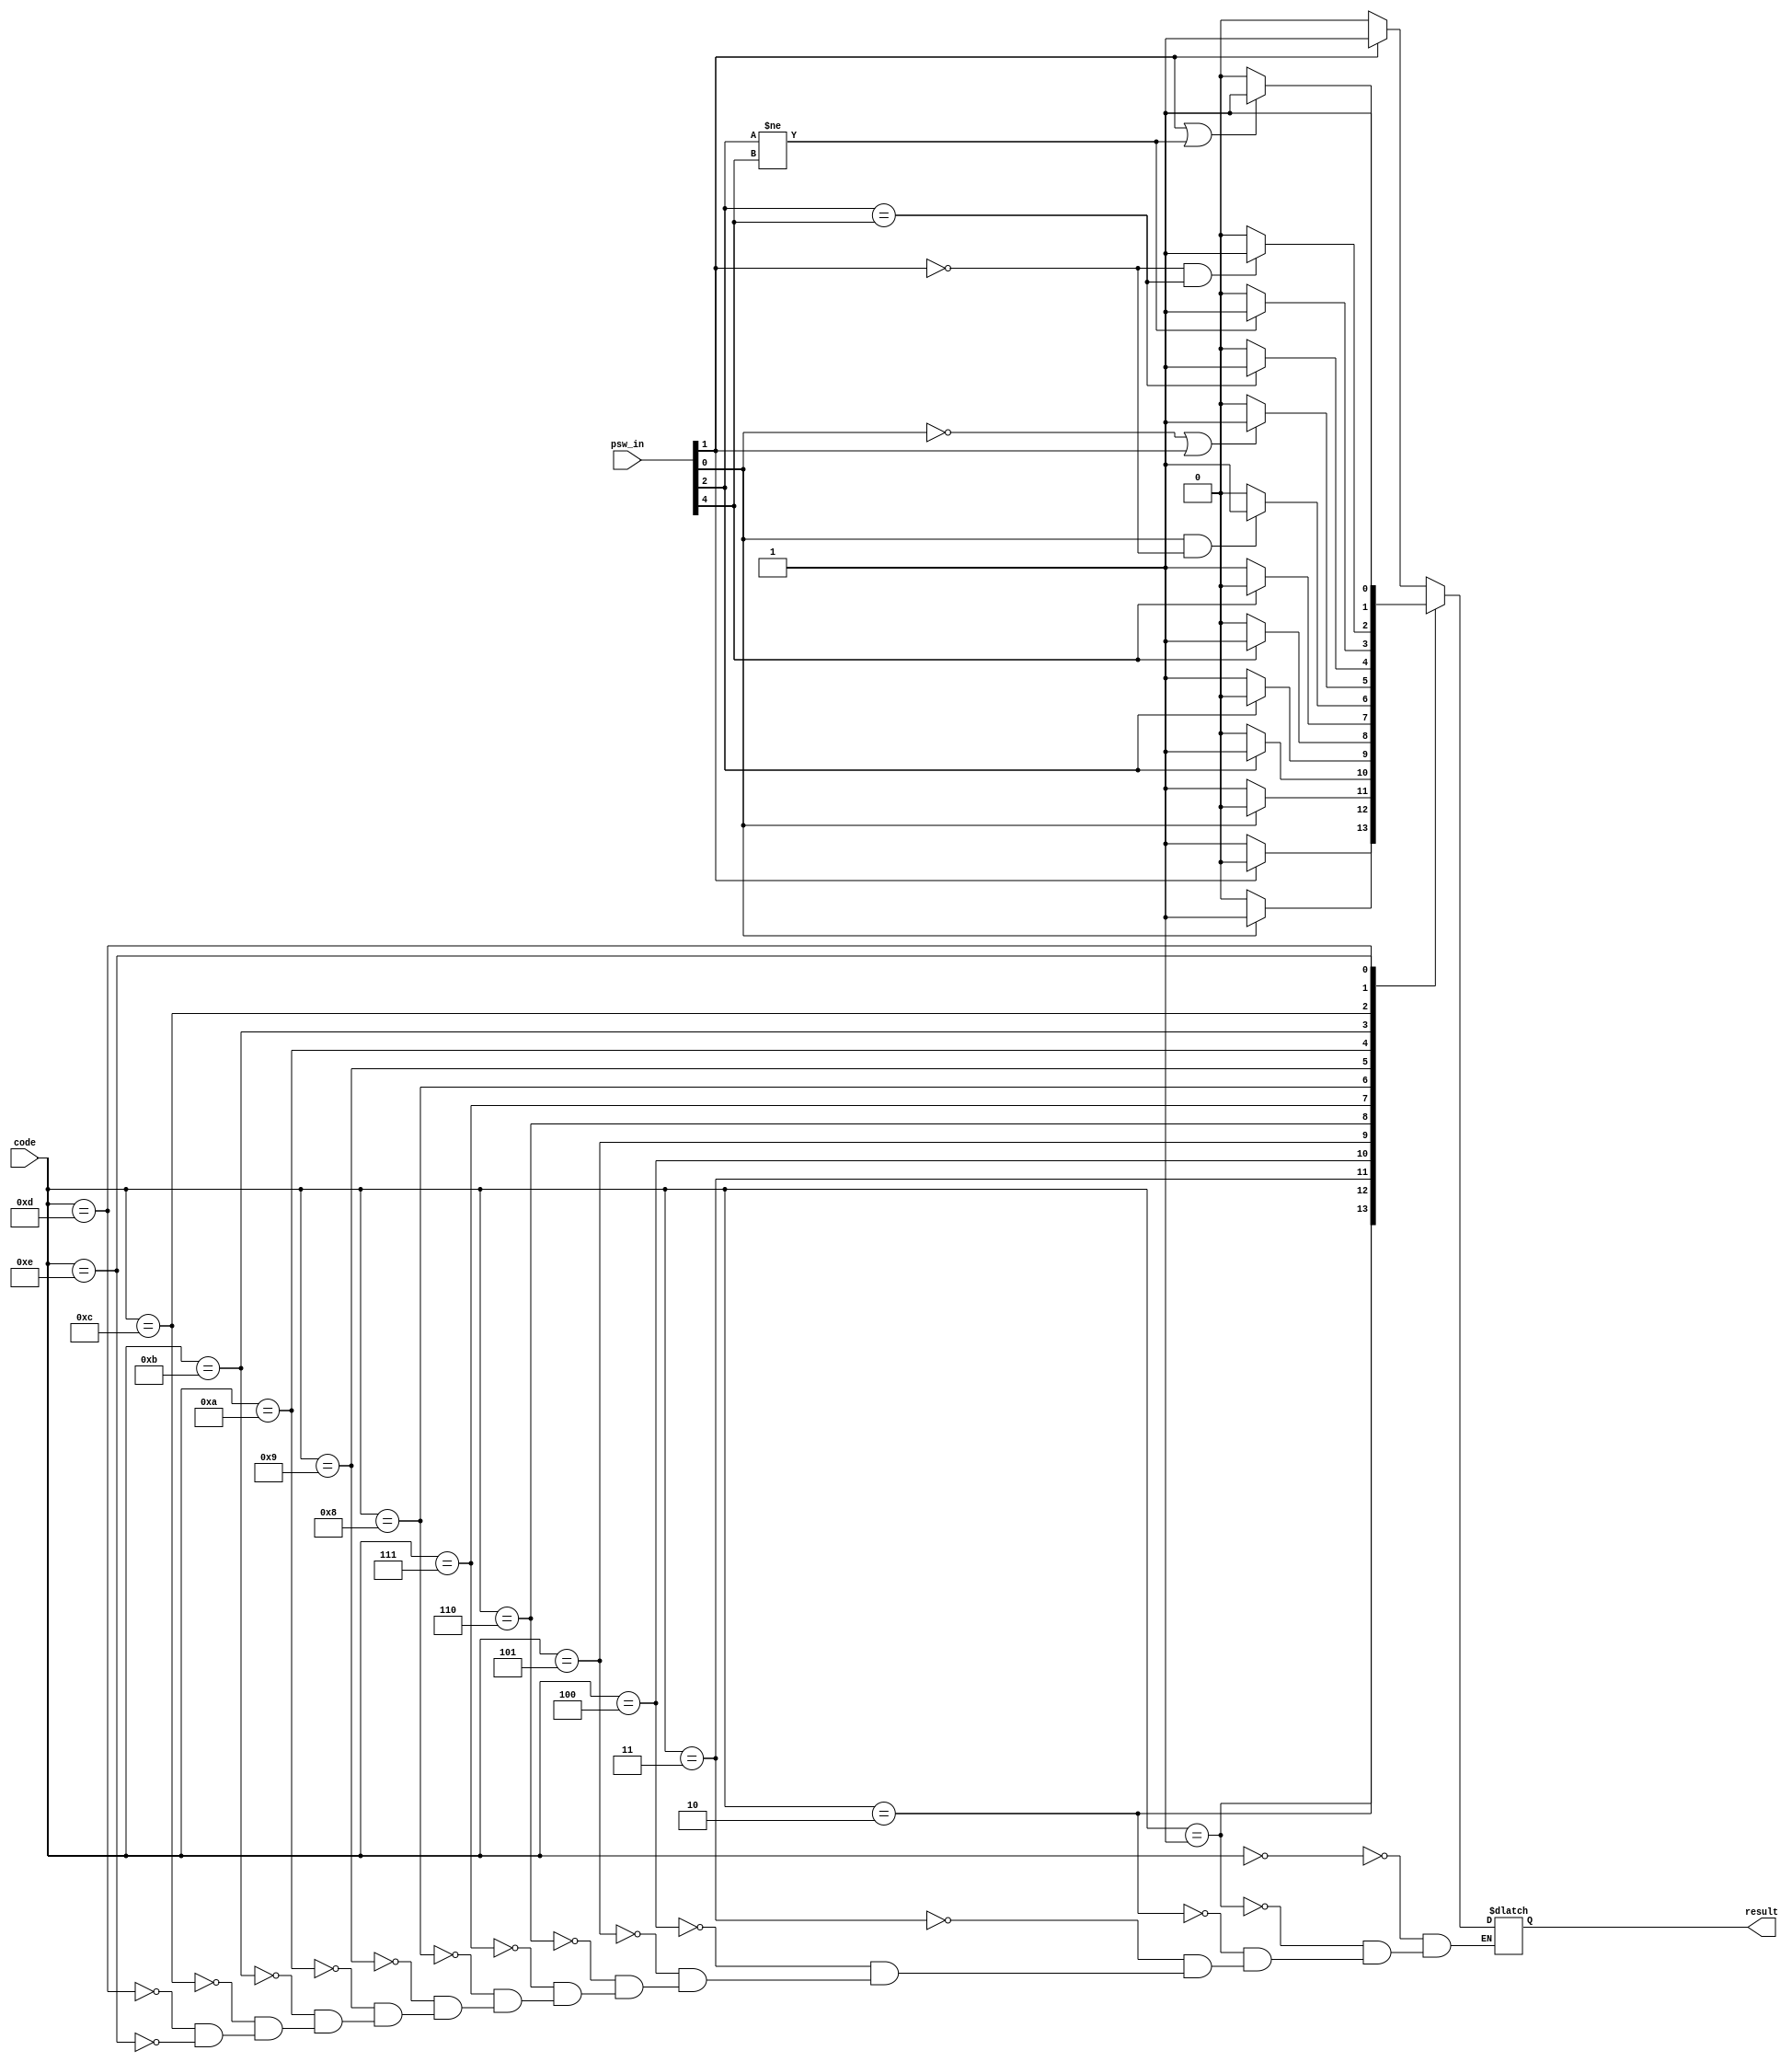
module cex_code(psw_in, code, result);
	input [15:0] psw_in;
	input [3:0] code;
	
	output reg result;
	
	always @(code, psw_in) begin
		case (code)
			0: 	// EQ/EZ
			begin
				if (psw_in[1] == 1'b1)
					result <= 1'b1;
				else
					result <= 1'b0;
			end
			1:	// NE/NEZ
			begin
				if (psw_in[1] == 1'b0)
					result <= 1'b1;
				else
					result <= 1'b0;
			end
			2:	// CS/HS
			begin
				if (psw_in[0] == 1'b1)
					result <= 1'b1;
				else
					result <= 1'b0;
			end
			3:	// CC/LO
			begin
				if (psw_in[0] == 1'b0)
					result <= 1'b1;
				else
					result <= 1'b0;
			end
			4:	// MI
			begin
				if (psw_in[2] == 1'b1)
					result <= 1'b1;
				else
					result <= 1'b0;
			end
			5:	// PL
			begin
				if (psw_in[2] == 1'b0)
					result <= 1'b1;
				else
					result <= 1'b0;
			end
			6:	// VS
			begin
				if (psw_in[4] == 1'b1)
					result <= 1'b1;
				else
					result <= 1'b0;
			end
			7:	// VC
			begin
				if (psw_in[4] == 1'b0)
					result <= 1'b1;
				else
					result <= 1'b0;
			end
			8:	// HI
			begin
				if ((psw_in[0] == 1'b1) && (psw_in[1] == 1'b0))
					result <= 1'b1;
				else
					result <= 1'b0;
			end
			9:	// LS
			begin
				if ((psw_in[0] == 1'b0) || (psw_in[1] == 1'b1))
					result <= 1'b1;
				else
					result <= 1'b0;
			end
			10:	// GE
			begin
				if (psw_in[2] == psw_in[4])
					result <= 1'b1;
				else
					result <= 1'b0;
			end
			11:	// LT
			begin
				if (psw_in[2] != psw_in[4])
					result <= 1'b1;
				else
					result <= 1'b0;
			end
			12:	// GT
			begin
				if ((psw_in[1] == 1'b0) && (psw_in[2] == psw_in[4]))
					result <= 1'b1;
				else
					result <= 1'b0;
			end
			13:	// LE
			begin
				if ((psw_in[1] == 1'b1) || (psw_in[2] != psw_in[4]))
					result <= 1'b1;
				else
					result <= 1'b0;
			end
			14:	// AL
				result <= 1'b1;
		endcase
	end
endmodule